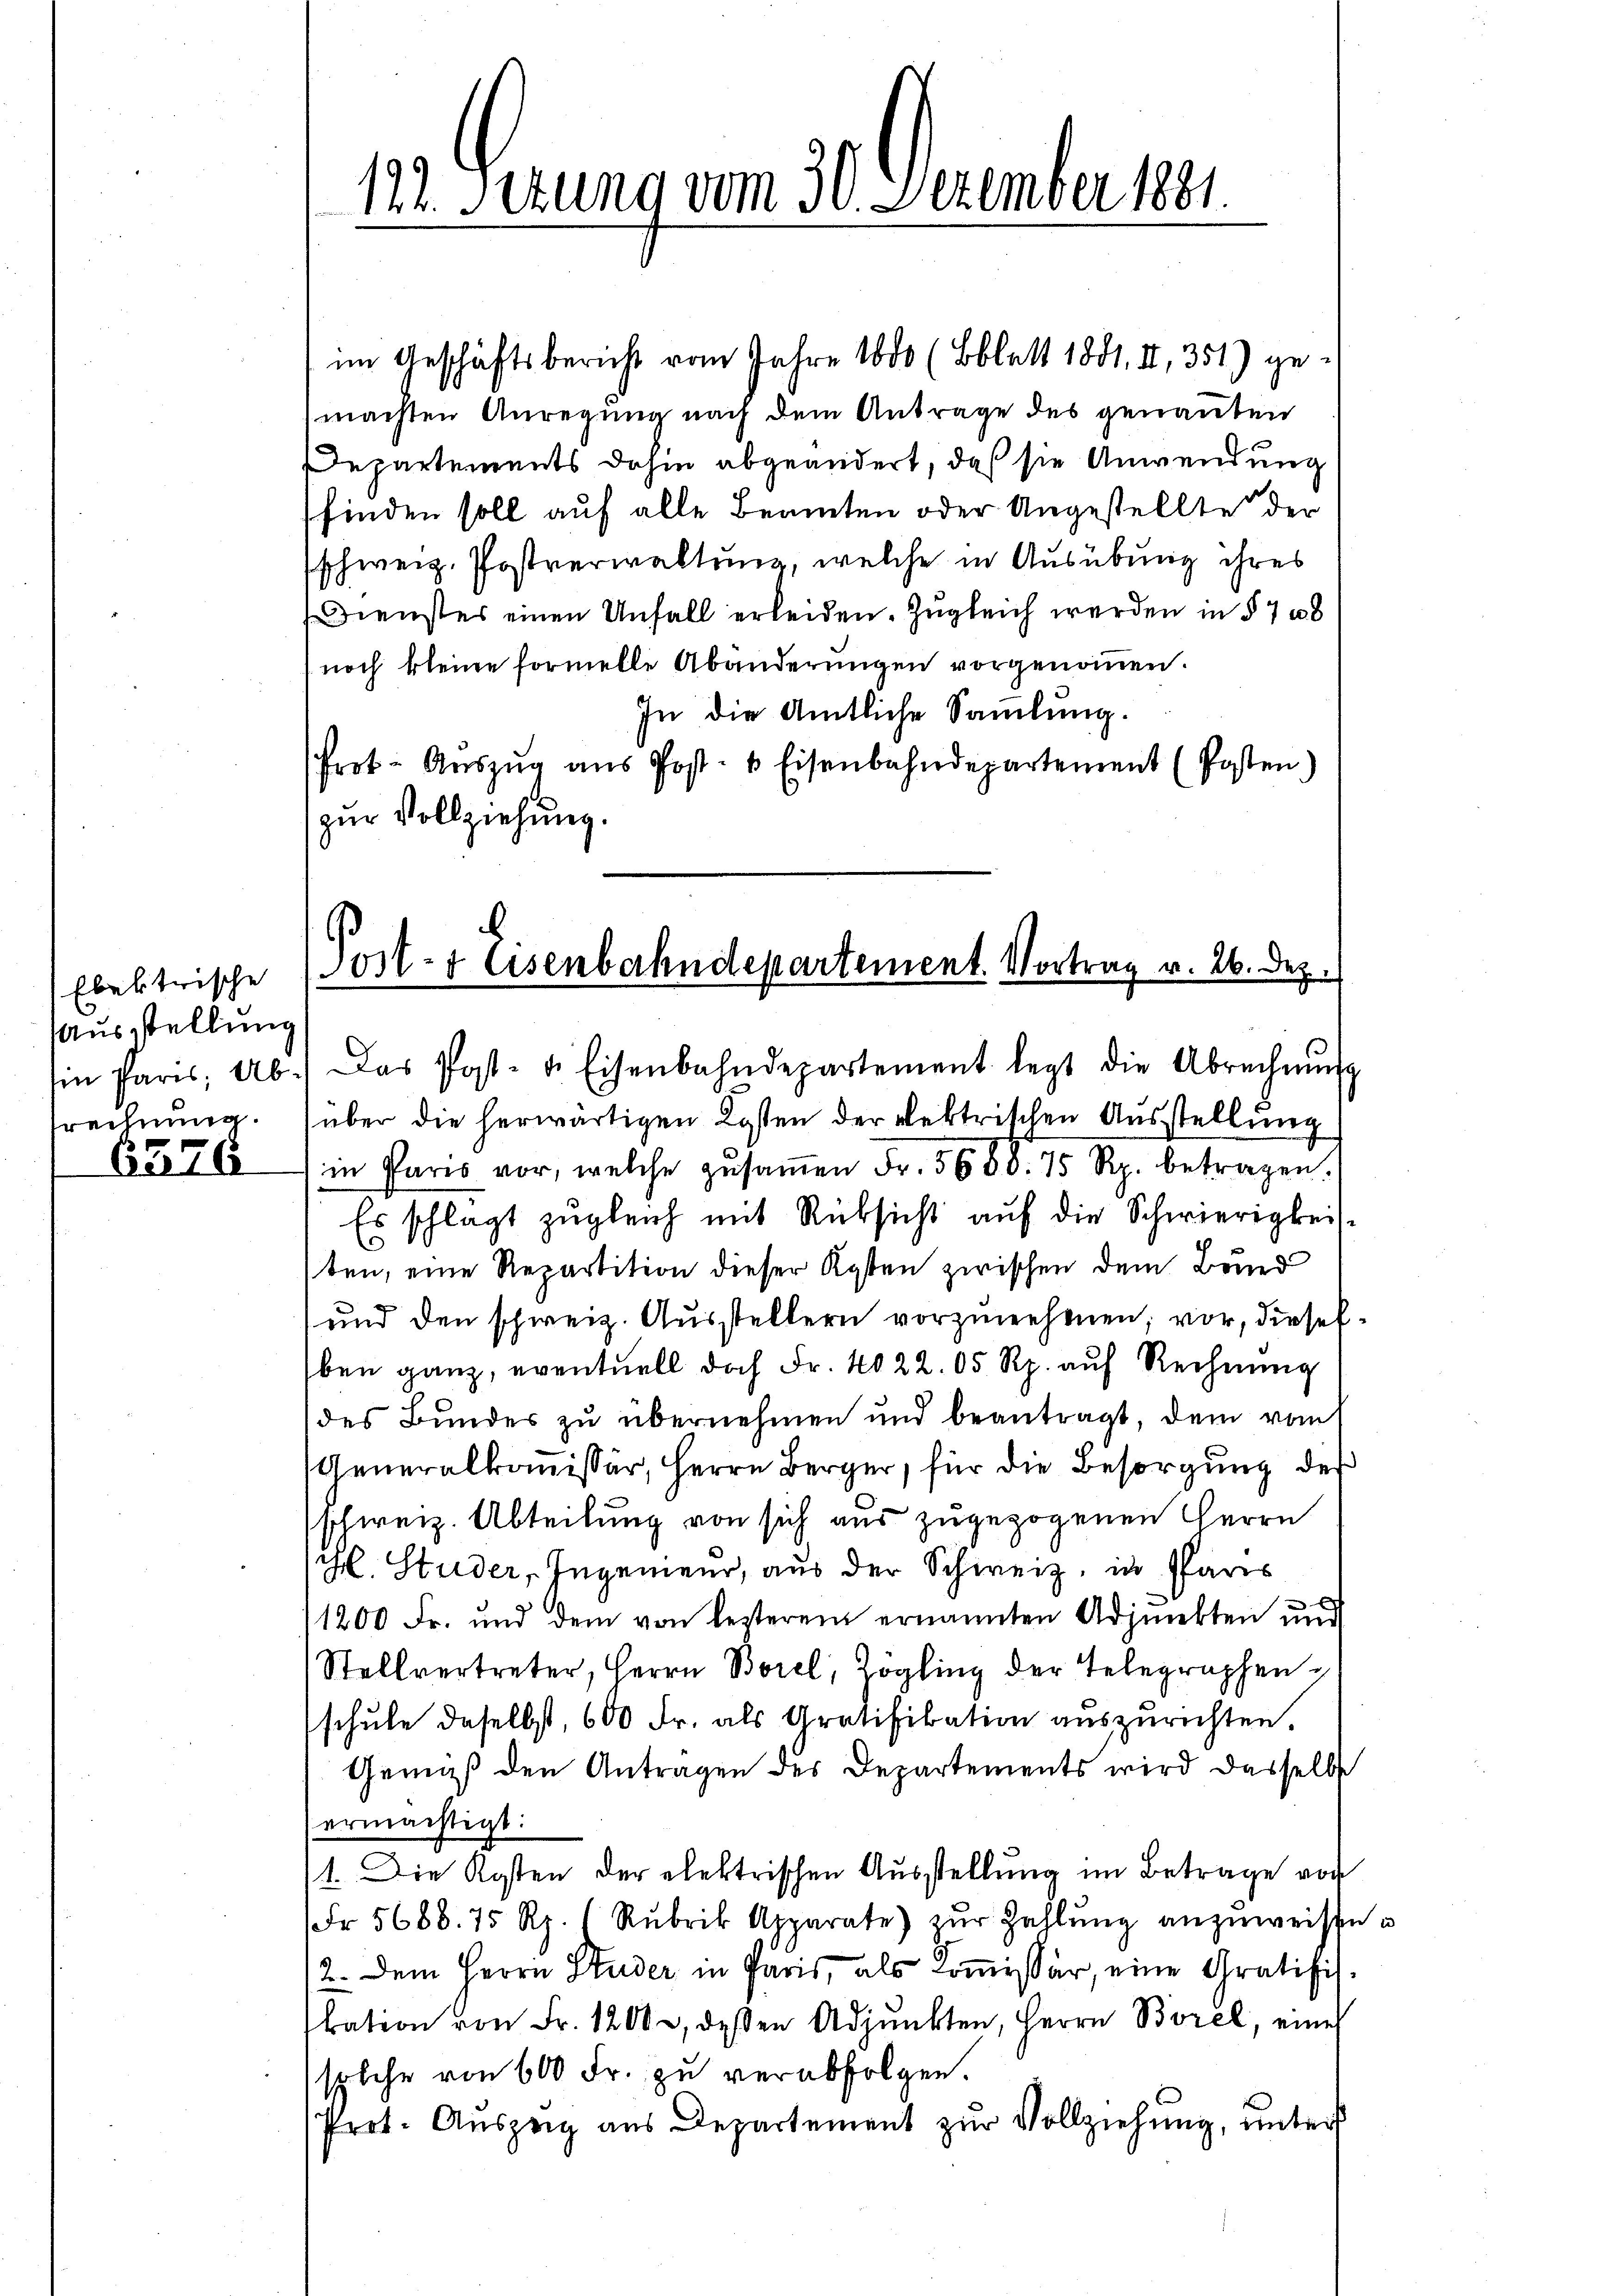
Ebertrische
Ausstellung
srechnung.

bis 16

12. Ferung vom 30. Dezember 1881.

im Geschäftsbericht vom Jahre 1800 (Bblatt 1881. II, 351) ge-
machten Anregung nach dem Antrage des genannten
Departements dahin abgeändert, daß sie Anwendung
finden soll auf alle Beamten oder Angestellte der
schweiz. Postverwaltung, welche in Ausübung ihres
Dienstes einen Unfall erleiden. Zugleich werden in § 708
noch kleine formelle Abänderungen vorgenommen.
In die Amtliche Sammlung.
Prot. Aŭszŭg ans Post- & Eisenbahndepartement (Posten)
zur Vollziehung.
Ein Paris Ab.) Das Post- u. Eisenbahndepartement legt die Abrechnŭng
über die herwärtigen Kosten der Rektrischen Ausstellung
in Paris vor, welche zŭsaṁen Fr. 5688. 75 Rp. betragen.
Es schlagt zugleich mit Rüksicht auf die Schwierigkeiten, eine Repartition dieser Kosten zwischen dem Bund
und den schweiz. Ausstellern vorzunehmen; vor, dieselben ganz, eventuell doch Fr. 4022. 05 Rp. aŭf Rechnŭng
des Bundes zu übernehmen und beantragt, dem vom
Generalkommissär, Herrn Berger, für die Besorgung der
schweiz. Abteilung von sich aus zugezogenen Herrn
H. Studer, Ingenieur, aus der Schweiz, in Paris
11200 Fr. und dem von lezterem ernannten Adjunkten und
Stellvertreter, Herrn Borel, Zögling der Telegraphen
schŭle daselbst, 600 Fr. als Gratifikation auszurichten.
Gemäß den Antragen des Departements wird dasselbst
ermächtigt:
t. Die Kosten der elektrischen Ausstellung im Betrage vor
Fr. 5688. 75 Rp. 1 Rubrik Apparate) zŭr Zahlŭng anzŭweise
2. Dem Herrn Studer in Paris, als Koṁissär, eine Gratifibation von Fr. 1200, deßen Adjunkten, Herrn Borel, eine
splche von 600 Fr. zu verabfolgen.
Prot. Auszeig aus Departement zur Vollziehung, unters

Post- & Eisenbahndepartement. Vortrag v. 26. Dez.

in